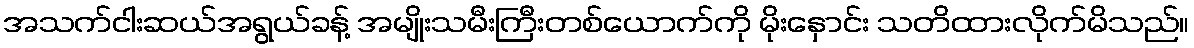
အသက်ငါးဆယ်အရွယ်ခန့် အမျိုးသမီးကြီးတစ်ယောက်ကို မိုးနှောင်း သတိထားလိုက်မိသည်။